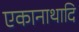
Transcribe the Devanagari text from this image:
एकानाथादि